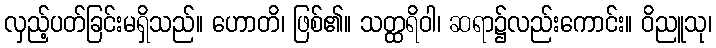
လှည့်ပတ်ခြင်းမရှိသည်။ ဟောတိ၊ ဖြစ်၏။ သတ္ထရိဝါ၊ ဆရာ၌လည်းကောင်း။ ဝိညူသု၊